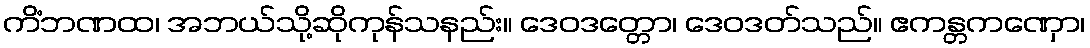
ကိံဘဏထ၊ အဘယ်သို့ဆိုကုန်သနည်း။ ဒေဝဒတ္တော၊ ဒေဝဒတ်သည်။ ဧကန္တကဏှော၊